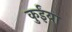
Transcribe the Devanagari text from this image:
कुईंया